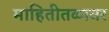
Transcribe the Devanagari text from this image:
माहितीतळावर